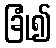
ခြုံ၍